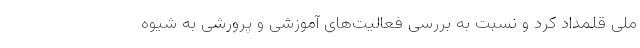
ملی قلمداد کرد و نسبت به بررسی فعالیت‌های آموزشی و پرورشی به شیوه